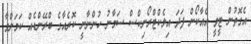
އެގޮތުން ޓީވީ އެއާކޯން ފަދަ އިލެކްޓްރޯނިކްސް ސަމާނު ހުންނާނީ ކޮރެއާގެ ބްރޭންޑެއް ކަމަށްވާ